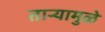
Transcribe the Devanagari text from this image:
ताऱ्यामुळे